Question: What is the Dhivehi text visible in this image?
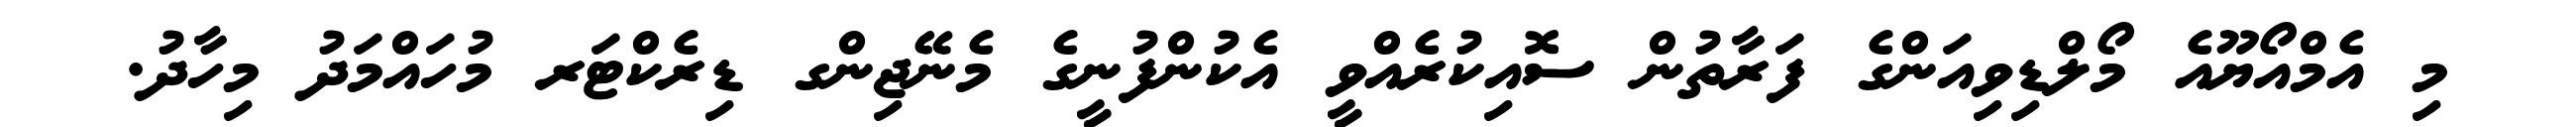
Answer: މި އެމްއޯޔޫއެ މޯލްޑިވިއަންގެ ފަރާތުން ސޮއިކުރެއްވީ އެކުންފުނީގެ މެނޭޖިންގ ޑިރެކްޓަރ މުހައްމަދު މިހާދު.